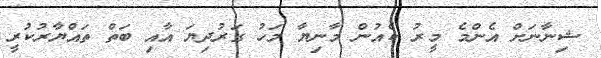
ޝިނާނަށް އެންމެ މީރު ކެއުން މާނިޔާ މަހު ގަރުދިޔަ އާއި ބަތް ތައްޔާރުކުރީ